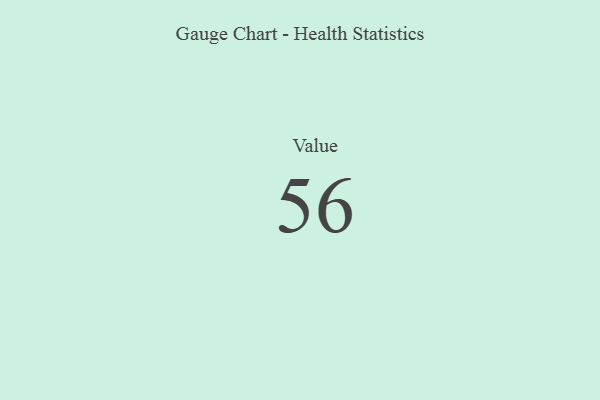
{"axis": {"x": "Metric", "y": "Value"}, "legend": [""], "data": [{"x": "Value", "y": 56, "type": ""}]}